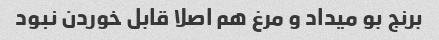
برنج بو میداد و مرغ هم اصلا قابل خوردن نبود